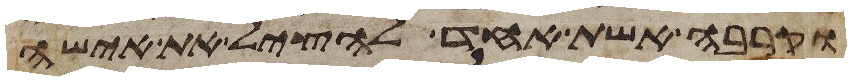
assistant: וקרבה אשת אחד להציל את אישה